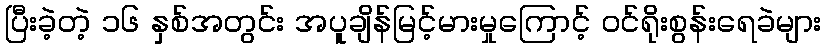
ပြီးခဲ့တဲ့ ၁၆ နှစ်အတွင်း အပူချိန်မြင့်မားမှုကြောင့် ဝင်ရိုးစွန်းရေခဲများ